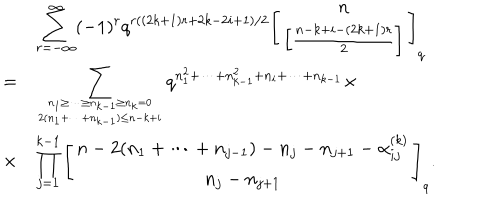
\begin{array} { c l } { { } } & { { \displaystyle \sum _ { r = - \infty } ^ { \infty } ( - 1 ) ^ { r } q ^ { r ( ( 2 k + 1 ) r + 2 k - 2 i + 1 ) / 2 } \left[ \begin{array} { c } { { n } } \\ { { \left[ \frac { n - k + i - ( 2 k + 1 ) r } { 2 } \right] } } \\ \end{array} \right] _ { q } } } \\ { { = } } & { { \displaystyle \sum _ { { n _ { 1 } \geq \cdots \geq n _ { k - 1 } \geq n _ { k } = 0 } \atop { 2 ( n _ { 1 } + \cdots + n _ { k - 1 } ) \leq n - k + i } } q ^ { n _ { 1 } ^ { 2 } + \cdots + n _ { k - 1 } ^ { 2 } + n _ { i } + \cdots + n _ { k - 1 } } \times } } \\ { { \times } } & { { \displaystyle \prod _ { j = 1 } ^ { k - 1 } \left[ \begin{array} { c } { { n - 2 ( n _ { 1 } + \cdots + n _ { j - 1 } ) - n _ { j } - n _ { j + 1 } - \alpha _ { i j } ^ { ( k ) } } } \\ { { n _ { j } - n _ { j + 1 } } } \\ \end{array} \right] _ { q } . } } \\ \end{array}